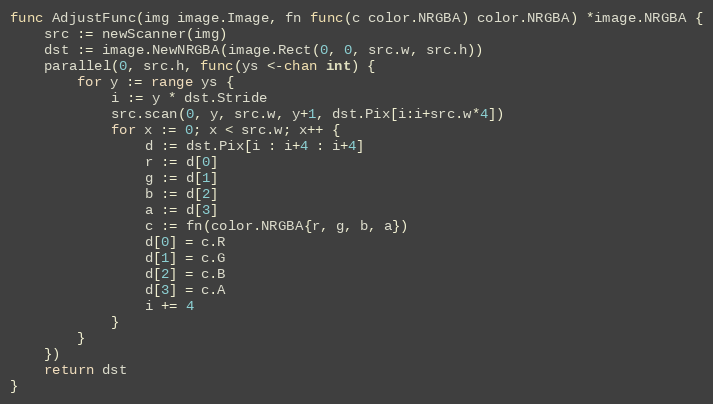
Language: Go
func AdjustFunc(img image.Image, fn func(c color.NRGBA) color.NRGBA) *image.NRGBA {
	src := newScanner(img)
	dst := image.NewNRGBA(image.Rect(0, 0, src.w, src.h))
	parallel(0, src.h, func(ys <-chan int) {
		for y := range ys {
			i := y * dst.Stride
			src.scan(0, y, src.w, y+1, dst.Pix[i:i+src.w*4])
			for x := 0; x < src.w; x++ {
				d := dst.Pix[i : i+4 : i+4]
				r := d[0]
				g := d[1]
				b := d[2]
				a := d[3]
				c := fn(color.NRGBA{r, g, b, a})
				d[0] = c.R
				d[1] = c.G
				d[2] = c.B
				d[3] = c.A
				i += 4
			}
		}
	})
	return dst
}